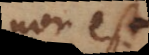
non est.